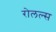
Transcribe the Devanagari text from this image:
रोलल्स